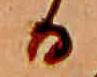
る